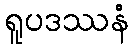
ရူပဒဿနံ